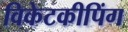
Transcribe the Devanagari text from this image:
विकेटकीपिंग